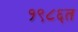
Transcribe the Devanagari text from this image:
१९८६त